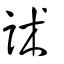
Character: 訹